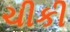
ચીકી